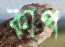
কাপ